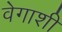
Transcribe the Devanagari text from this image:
वेगाशी